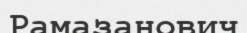
Рамазанович